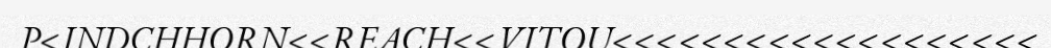
P<INDCHHORN<<REACH<<VITOU<<<<<<<<<<<<<<<<<<<